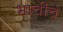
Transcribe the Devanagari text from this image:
भाचीचे